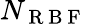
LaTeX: N_{\mathrm{~R~B~F~}}